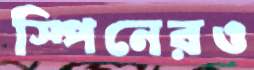
স্পিনেরও